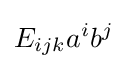
E_{ijk}a^{i}b^{j}